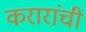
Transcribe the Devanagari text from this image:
करारांची